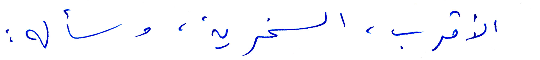
الأقرب، السخرية، وسأله: